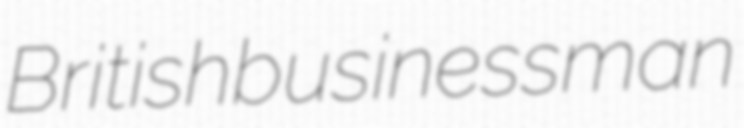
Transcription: British businessman